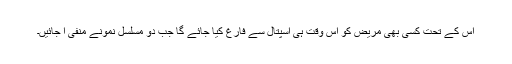
اس کے تحت کسی بھی مریض کو اس وقت ہی اسپتال سے فارغ کیا جائے گا جب دو مسلسل نمونے منفی آ جائیں۔